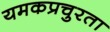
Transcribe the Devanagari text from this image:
यमकप्रचुरता